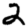
Digit: 2